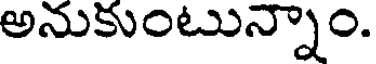
అనుకుంటున్నాం.